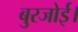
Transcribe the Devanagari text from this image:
बुरजोई।